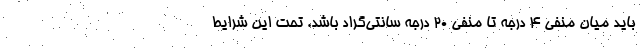
باید میان منفی ۴ درجه تا منفی ۲۰ درجه سانتی‌گراد باشد. تحت این شرایط